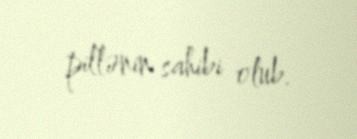
pillənin sahibi olub.